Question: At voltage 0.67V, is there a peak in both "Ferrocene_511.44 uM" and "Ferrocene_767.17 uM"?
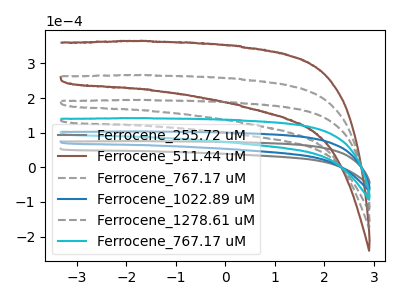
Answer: <think>The gray curve "Ferrocene_255.72 uM" has no peaks. The brown curve "Ferrocene_511.44 uM" has no peaks. The gray dashed curve "Ferrocene_767.17 uM" has no peaks. The blue curve "Ferrocene_1022.89 uM" has no peaks. The gray dashed curve "Ferrocene_1278.61 uM" has no peaks. The cyan curve "Ferrocene_767.17 uM" has no peaks.</think>
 <answer>No, "Ferrocene_511.44 uM" and "Ferrocene_767.17 uM" dont share a peak at 0.67V.</answer>
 <eval>mismatch</eval>